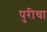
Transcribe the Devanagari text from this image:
पुरीचा